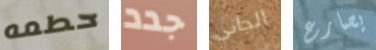
حطمه جدد الجانى يصارع